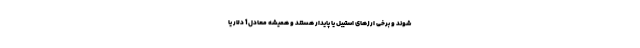
شوند و برخی ارزهای استیبل یا پایدار هستند و همیشه معادل 1 دلار یا